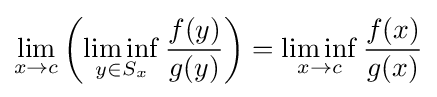
\lim _{x\to c}\left(\liminf _{y\in S_{x}}{\frac {f(y)}{g(y)}}\right)=\liminf _{x\to c}{\frac {f(x)}{g(x)}}